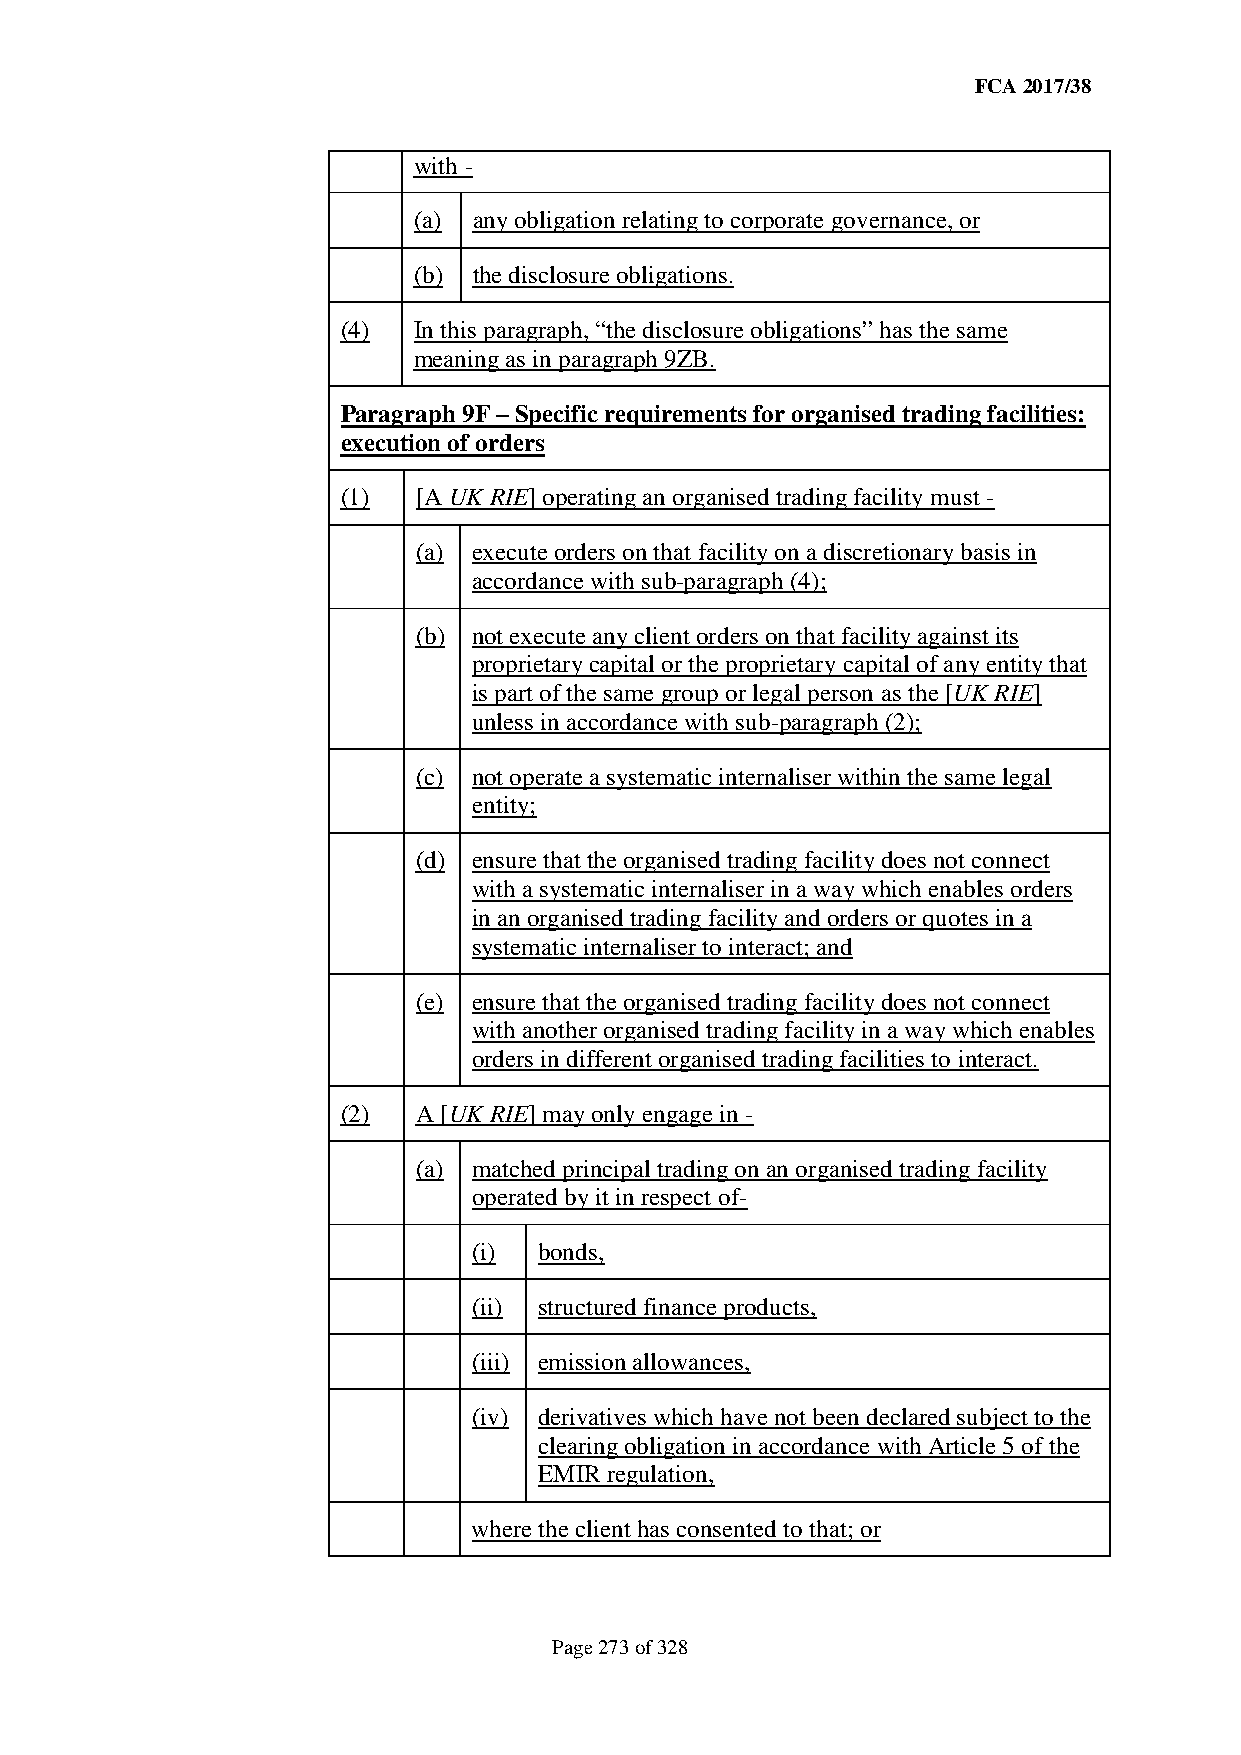
FCA 2017/38
 with -
 (a) any obligation relating to corporate governance, or
 (b) the disclosure obligations.
 (4) In this paragraph, “the disclosure obligations” has the same
 meaning as in paragraph 9ZB.
 Paragraph 9F – Specific requirements for organised trading facilities:
 execution of orders
 (1)  [A UK RIE] operating an organised trading facility must -
 (a) execute orders on that facility on a discretionary basis in
 accordance with sub-paragraph (4);
 (b) not execute any client orders on that facility against its
 proprietary capital or the proprietary capital of any entity that
 is part of the same group or legal person as the [UK RIE]
 unless in accordance with sub-paragraph (2);
 (c) not operate a systematic internaliser within the same legal
 entity;
 (d) ensure that the organised trading facility does not connect
 with a systematic internaliser in a way which enables orders
 in an organised trading facility and orders or quotes in a
 systematic internaliser to interact; and
 (e) ensure that the organised trading facility does not connect
 with another organised trading facility in a way which enables
 orders in different organised trading facilities to interact.
 (2)  A [UK RIE] may only engage in -
 (a) matched principal trading on an organised trading facility
 operated by it in respect of-
 (i)  bonds,
 (ii) structured finance products,
 (iii) emission allowances,
 (iv) derivatives which have not been declared subject to the
 clearing obligation in accordance with Article 5 of the
 EMIR regulation,
 where the client has consented to that; or
 Page 273 of 328